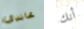
غاندي أنك